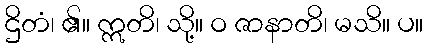
ဌိတံ၊ ၏။ ဣတိ၊ သို့။ ဝ ဇာနာတိ၊ မသိ။ ပ။